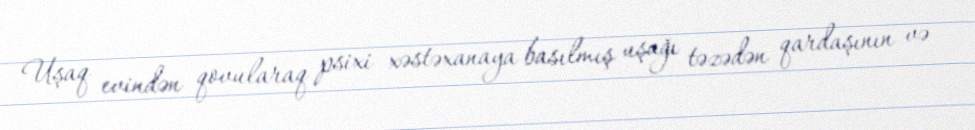
Uşaq evindən qovularaq psixi xəstəxanaya basılmış uşağı təzədən qardaşının və